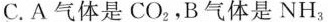
C. A气体是CO_{2}，B气体是NH_{3}